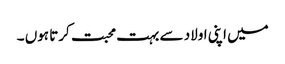
میں اپنی اولاد سے بہت محبت کرتا ہوں ۔